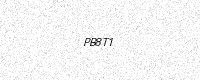
Text: PB8T1